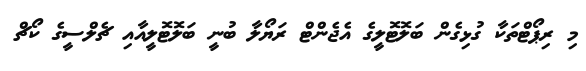
މި ރިޕޯޓްތަކާ ގުޅިގެން ބަލޮޓޮލީގެ އެޖެންޓް ރަޔޯލާ ބުނީ ބަލޮޓޮލީއާއި ޗެލްސީގެ ކޯޗް